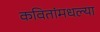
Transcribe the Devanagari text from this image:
कवितांमधल्या